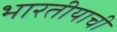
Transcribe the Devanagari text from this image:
भारतीयाची